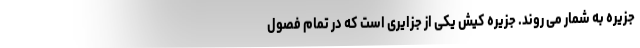
جزیره به شمار می روند. جزیره کیش یکی از جزایری است که در تمام فصول